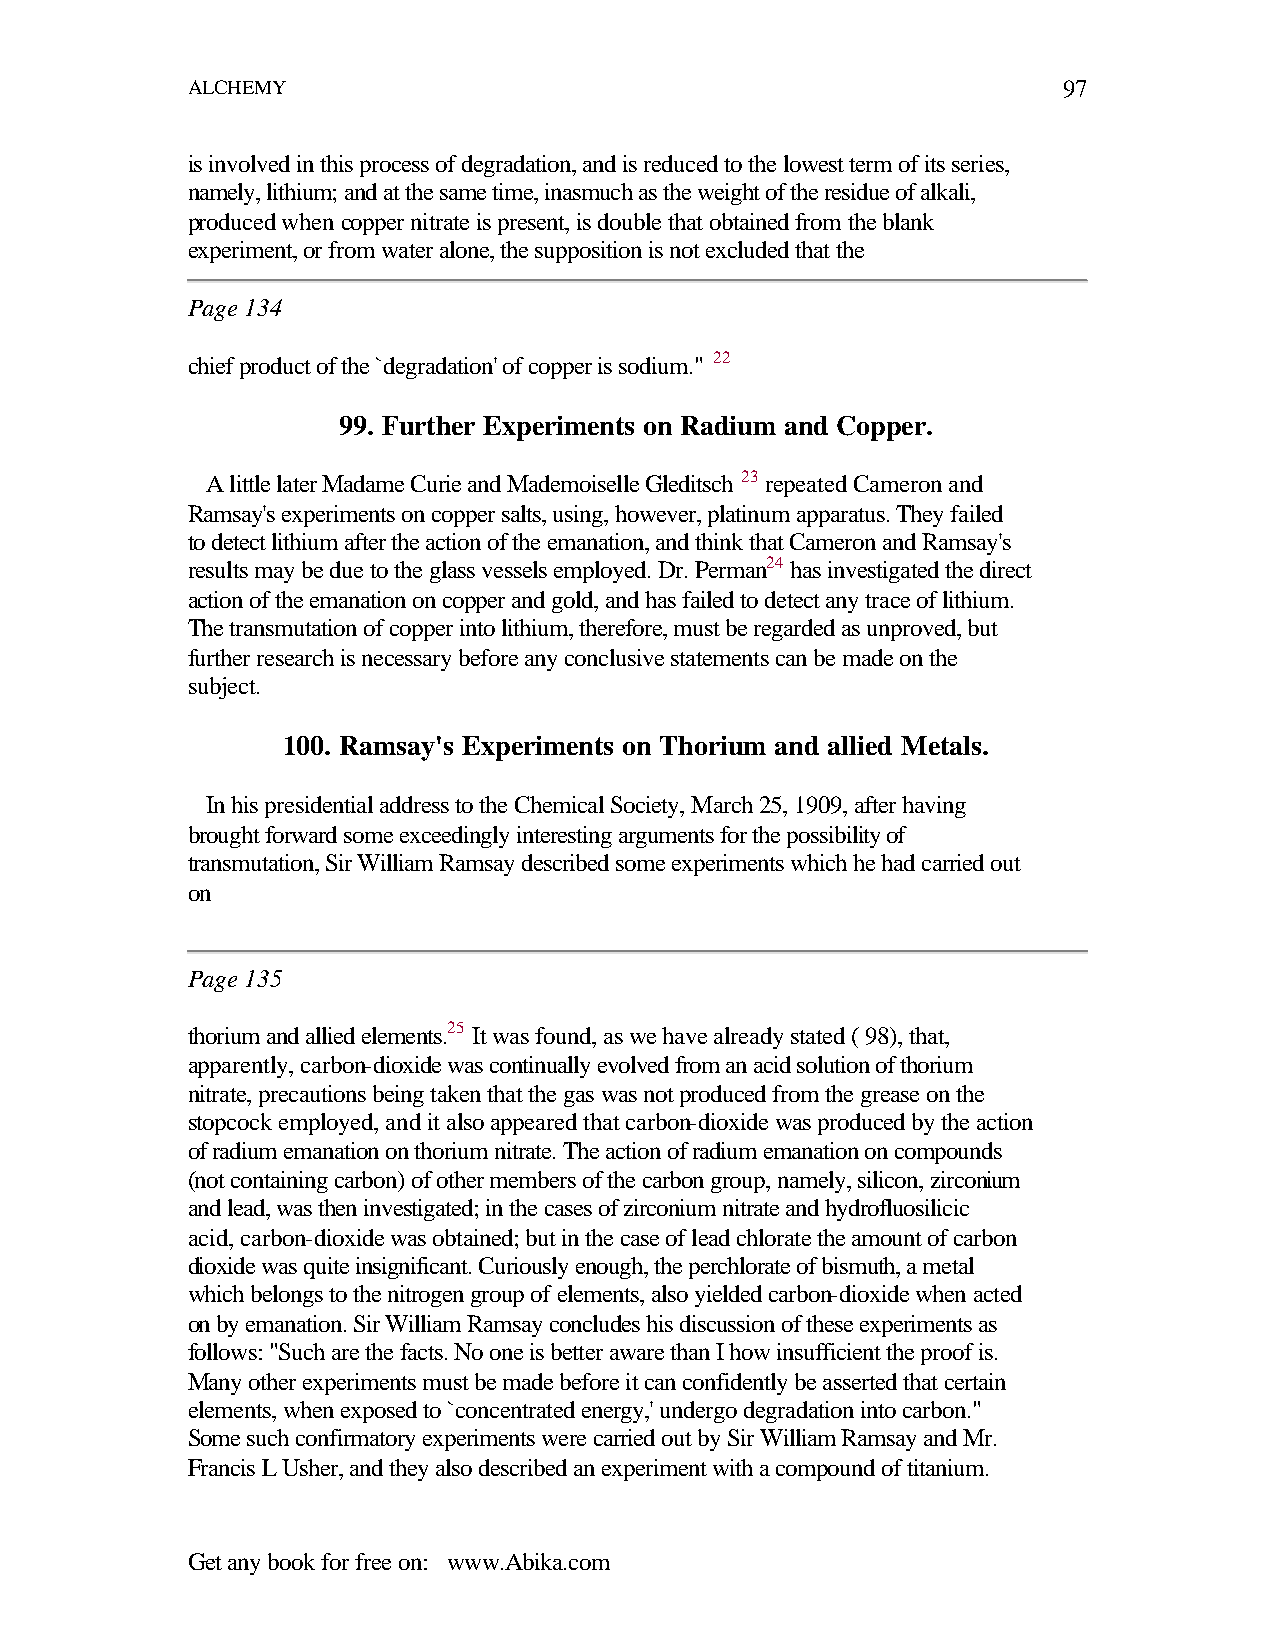
ALCHEMY                                                   97
 is involved in this process of degradation, and is reduced to the lowest term of its series,
 namely, lithium; and at the same time, inasmuch as the weight of the residue of alkali,
 produced when copper nitrate is present, is double that obtained from the blank
 experiment, or from water alone, the supposition is not excluded that the
 Page 134
 chief product of the `degradation' of copper is sodium." 22
 99. Further Experiments on Radium and Copper.
 A little later Madame Curie and Mademoiselle Gleditsch 23 repeated Cameron and
 Ramsay's experiments on copper salts, using, however, platinum apparatus. They failed
 to detect lithium after the action of the emanation, and think that Cameron and Ramsay's
 results may be due to the glass vessels employed. Dr. Perman24 has investigated the direct
 action of the emanation on copper and gold, and has failed to detect any trace of lithium.
 The transmutation of copper into lithium, therefore, must be regarded as unproved, but
 further research is necessary before any conclusive statements can be made on the
 subject.
 100. Ramsay's Experiments on Thorium and allied Metals.
 In his presidential address to the Chemical Society, March 25, 1909, after having
 brought forward some exceedingly interesting arguments for the possibility of
 transmutation, Sir William Ramsay described some experiments which he had carried out
 on
 Page 135
 thorium and allied elements.25 It was found, as we have already stated ( 98), that,
 apparently, carbon-dioxide was continually evolved from an acid solution of thorium
 nitrate, precautions being taken that the gas was not produced from the grease on the
 stopcock employed, and it also appeared that carbon-dioxide was produced by the action
 of radium emanation on thorium nitrate. The action of radium emanation on compounds
 (not containing carbon) of other members of the carbon group, namely, silicon, zirconium
 and lead, was then investigated; in the cases of zirconium nitrate and hydrofluosilicic
 acid, carbon-dioxide was obtained; but in the case of lead chlorate the amount of carbon
 dioxide was quite insignificant. Curiously enough, the perchlorate of bismuth, a metal
 which belongs to the nitrogen group of elements, also yielded carbon-dioxide when acted
 on by emanation. Sir William Ramsay concludes his discussion of these experiments as
 follows: "Such are the facts. No one is better aware than I how insufficient the proof is.
 Many other experiments must be made before it can confidently be asserted that certain
 elements, when exposed to `concentrated energy,' undergo degradation into carbon."
 Some such confirmatory experiments were carried out by Sir William Ramsay and Mr.
 Francis L Usher, and they also described an experiment with a compound of titanium.
 Get any book for free on: www.Abika.com